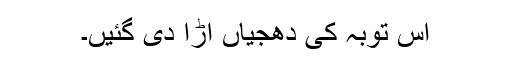
اس توبہ کی دھجیاں اڑا دی گئیں۔